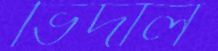
ভিদাল